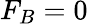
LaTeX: F_{B}=0